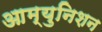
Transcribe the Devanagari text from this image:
आम्युनिशन